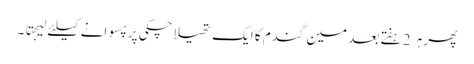
پھر ہر 2 ہفتے بعد مین گندم کا ایک تھیلا چکی پر پسوانے کیلئے لیجتا ۔